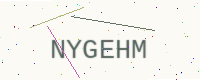
Text: NYGEHM